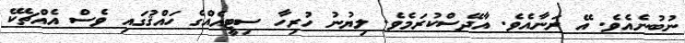
ނުބުނެއެވެ. އޭ ރަނާއެވެ. އާދޭސްކުރަމެވެ. ލިޔުނު ހުރިހާ ސިޓީއެއްގެ ހައްޤުގައި ވެސް އެއްޗެކޭ